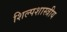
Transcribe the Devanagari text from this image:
शिल्पशास्त्रीय